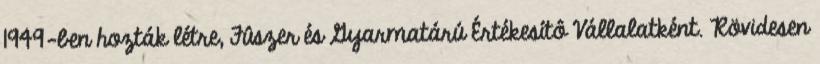
1949-ben hozták létre, Fûszer és Gyarmatárú Értékesítô Vállalatként. Rövidesen